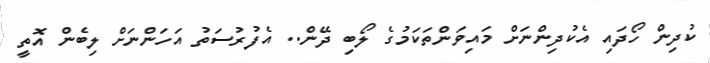
ކުދިން ހޯދައި އެކުދިންނަށް މައިވަންތަކަމުގެ ލޯބި ދޭން.. އެފުރުސަތު އަހަންނަށް ލިބެން އޮތީ